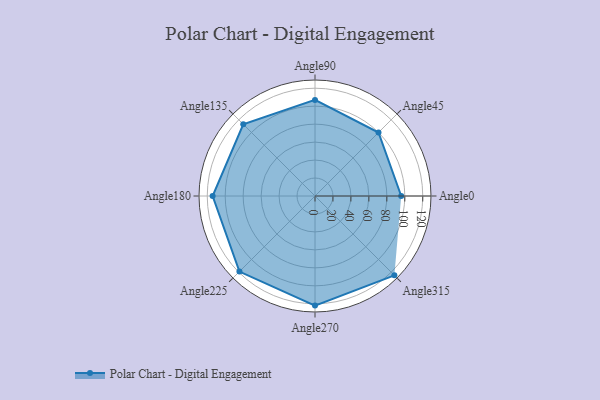
{"axis": {"x": "Angle", "y": "Radius"}, "legend": [""], "data": [{"x": "Angle0", "y": 96.0, "type": ""}, {"x": "Angle45", "y": 100.0, "type": ""}, {"x": "Angle90", "y": 107.0, "type": ""}, {"x": "Angle135", "y": 113.0, "type": ""}, {"x": "Angle180", "y": 114.0, "type": ""}, {"x": "Angle225", "y": 119.0, "type": ""}, {"x": "Angle270", "y": 122.0, "type": ""}, {"x": "Angle315", "y": 125.0, "type": ""}]}